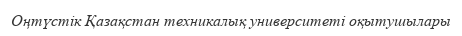
Оңтүстік Қазақстан техникалық университеті оқытушылары